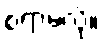
စရာမလို။